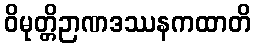
ဝိမုတ္တိဉာဏဒဿနကထာတိ